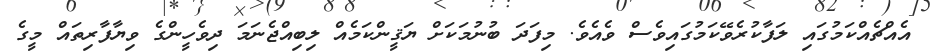
އެއްޗެއްކަމުގައި ލަފާކުރެވޭކަމުގައިވެސް ވެއެވެ. މިފަދަ ބުނުމަކަށް ޔަޤީންކަމެއް ލިބިއްޖެނަމަ ދިވެހީންގެ ވިޔާފާރިތައް މީގެ